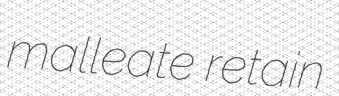
malleate retain